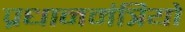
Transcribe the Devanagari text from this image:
प्रधानमंत्रियो